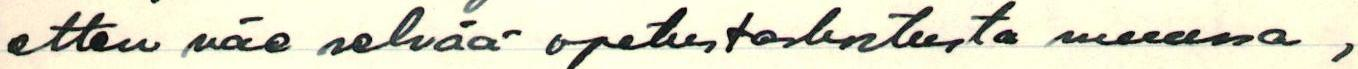
etten näe selvää opetustarkoitusta muussa ,